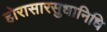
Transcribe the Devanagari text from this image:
होरासारसुधानिधि